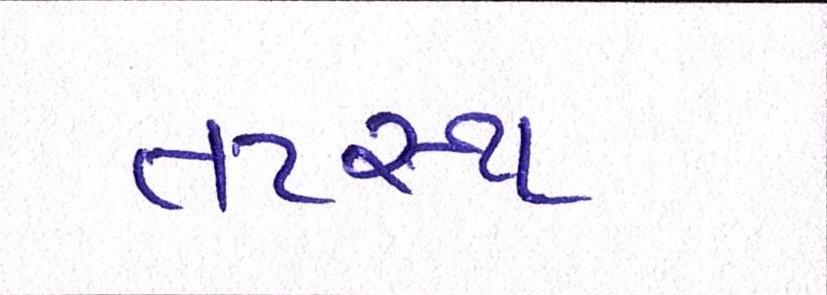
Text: તટસ્થ